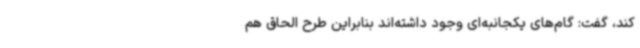
کند، گفت: گام‌های یکجانبه‌ای وجود داشته‌اند بنابراین طرح الحاق هم